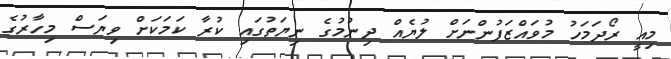
މިއީ ރޯދަމަހު މުވައްޒަފުންނަށް ލުޔެއް ދިނުމުގެ ނިޔަތުގައި ކުރާ ކަމަކަށް ވިޔަސް މިހާރުގެ